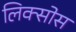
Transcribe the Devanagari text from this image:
लिक्सोस